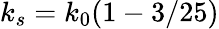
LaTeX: k_{s}=k_{0}(1-3/25)